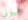
عيوني